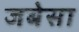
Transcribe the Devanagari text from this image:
जबेसा